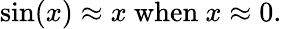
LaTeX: \sin(x)\approx x{\mathrm{~when~}}x\approx 0.